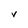
Character: V